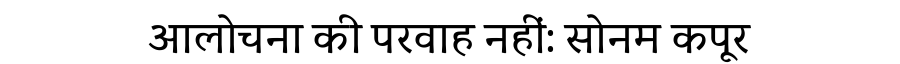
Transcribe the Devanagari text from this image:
आलोचना की परवाह नहीं: सोनम कपूर